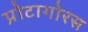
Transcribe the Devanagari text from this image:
प्रोटागोरस